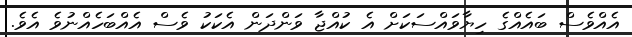
އެއްވެސް ބައެއްގެ ހިޔާވައްސަކަށް އެ ކުއްޖާ ވަންދަން އެކަކު ވެސް އެއްބަހެއްނުވެ އެވެ.